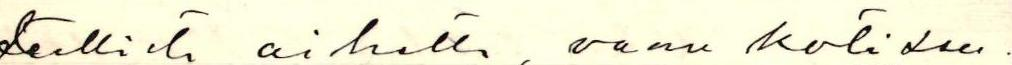
teellistä aihetta, vaan kotiseu-